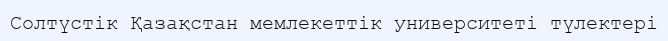
Солтүстік Қазақстан мемлекеттік университеті түлектері